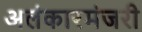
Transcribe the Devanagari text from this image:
अलंकारमंजरी